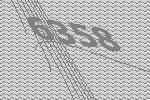
6358